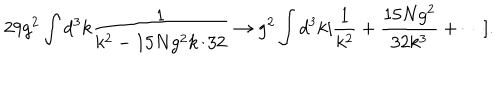
LaTeX: 2 9 g ^ { 2 } \int d ^ { 3 } k \frac { 1 } { k ^ { 2 } - 1 5 N g ^ { 2 } k / 3 2 } \rightarrow g ^ { 2 } \int d ^ { 3 } k [ \frac { 1 } { k ^ { 2 } } + \frac { 1 5 N g ^ { 2 } } { 3 2 k ^ { 3 } } + \cdots ] .